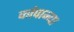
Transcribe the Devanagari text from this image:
कांपान्या